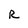
Character: R